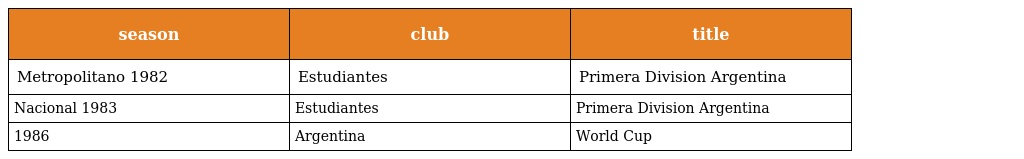
| season | club | title |
 | --- | --- | --- |
 | Metropolitano 1982 | Estudiantes | Primera Division Argentina |
 | Nacional 1983 | Estudiantes | Primera Division Argentina |
 | 1986 | Argentina | World Cup |